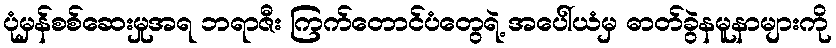
ပုံမှန်စစ်ဆေးမှုအရ ဘရာဇီး ကြက်တောင်ပံတွေရဲ့ အပေါ်ယံမှ ဓာတ်ခွဲနမူနာများကို